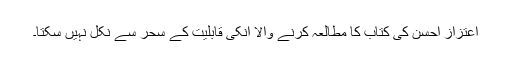
اعتزاز احسن کی کتاب کا مطالعہ کرنے والا انکی قابلیت کے سحر سے نکل نہیں سکتا۔